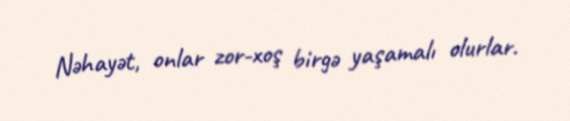
Nəhayət, onlar zor-xoş birgə yaşamalı olurlar.